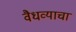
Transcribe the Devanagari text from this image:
वैधव्याचा